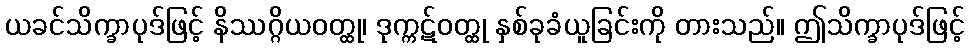
ယခင်သိက္ခာပုဒ်ဖြင့် နိဿဂ္ဂိယဝတ္ထု၊ ဒုက္ကဋ်ဝတ္ထု နှစ်ခုခံယူခြင်းကို တားသည်။ ဤသိက္ခာပုဒ်ဖြင့်